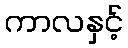
ကာလနှင့်